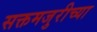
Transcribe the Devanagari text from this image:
सक्तमजुरीच्या